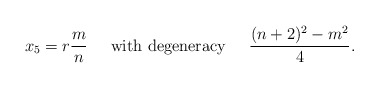
\begin{align*}x_5 = r \frac{m}{n} \;\;\;\;\; {\rm with\ degeneracy} \;\;\;\;\;\frac{(n + 2)^2 -m^2}{4}.\end{align*}